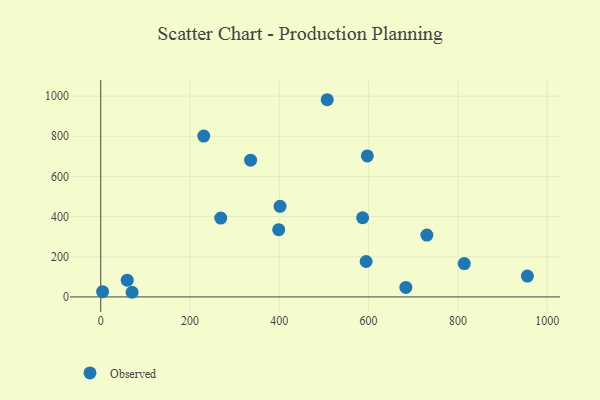
{"axis": {"x": "Study Hours", "y": "Fuel Efficiency"}, "legend": ["Observed"], "data": [{"x": "814.2", "y": 166.0, "type": "Observed"}, {"x": "955.6", "y": 104.0, "type": "Observed"}, {"x": "586.6", "y": 394.2, "type": "Observed"}, {"x": "4.2", "y": 26.1, "type": "Observed"}, {"x": "401.6", "y": 451.1, "type": "Observed"}, {"x": "507.3", "y": 982.1, "type": "Observed"}, {"x": "70.2", "y": 23.1, "type": "Observed"}, {"x": "730.5", "y": 308.1, "type": "Observed"}, {"x": "268.8", "y": 392.6, "type": "Observed"}, {"x": "230.7", "y": 801.3, "type": "Observed"}, {"x": "335.6", "y": 681.1, "type": "Observed"}, {"x": "594.4", "y": 176.4, "type": "Observed"}, {"x": "398.6", "y": 334.8, "type": "Observed"}, {"x": "59.3", "y": 83.5, "type": "Observed"}, {"x": "597.1", "y": 702.0, "type": "Observed"}, {"x": "683.4", "y": 47.5, "type": "Observed"}]}